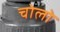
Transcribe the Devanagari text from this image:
चोलो